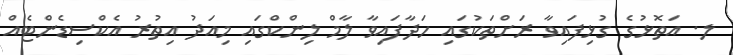
ލ. އަތޮޅުގެ ގުޅިފައިވާ ރަށްތަކުގައި ހަދާފައިވާ ލާމް ލިންކްގައި މިއަދު އިތުރު އެކްސިޑެންޓެއް